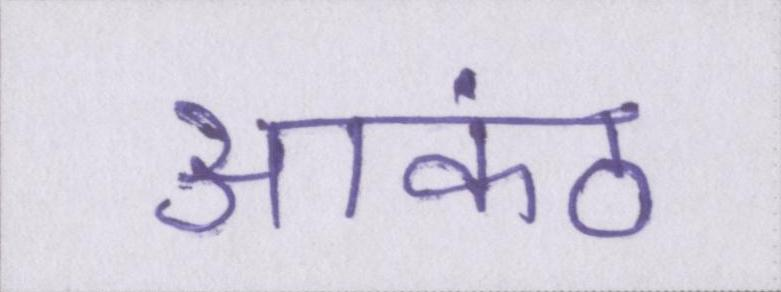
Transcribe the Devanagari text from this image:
आकंठ